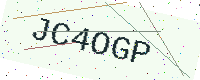
Text: JC4OGP